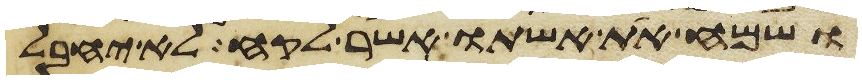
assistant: ושמח את אשתו אשר לקח לא יחבל